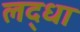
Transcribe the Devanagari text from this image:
लद्धा